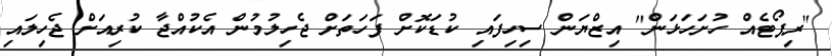
"ރިޕޯޓެއް ހުށަހަޅަން" އިޒްޔަން ސިހިފައި ކުޑަކޮށް ފަހަތަށް ޖެހިލުމުން އެކުއްޖާ ކުރިއަށް ޖެހިލައި